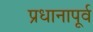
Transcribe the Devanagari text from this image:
प्रधानापूर्व